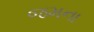
જમના